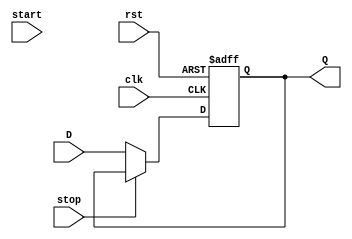
// IMPLEMENTS A RISING-EDGE, 4-BIT, D FLIP-FLOP WITH RESET, START, & STOP

module dff_4bit_v2 (D, Q, clk, rst, start, stop);
	
	input [3:0] D;
	input clk, rst, start, stop;
	output reg [3:0] Q;
	
	always @(posedge clk, posedge rst) begin
		
		if(rst == 1) Q <= 0;
		else if(stop == 1) Q <= Q;
		else if(start == 1) Q <= D;
		else Q <= D;
		
	end
	
endmodule